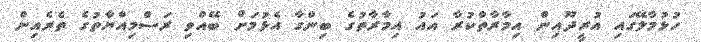
ހުޅުމާލޭގައި އުރީދޫއިން އިމާރާތްކުރާ އައު އިމާރާތުގެ ބިންގާ އެޅުމަށް ބޭއްވި ރަސްމިއްޔާތުގެ ތެރެއިން